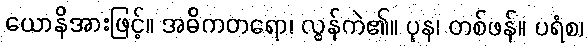
ယောနိအားဖြင့်။ အဓိကတရော၊ လွန်ကဲ၏။ ပုန၊ တစ်ဖန်။ ပရံစ၊